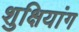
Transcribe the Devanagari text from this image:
शुक्षियांग